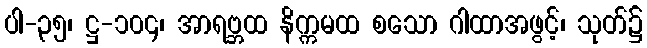
ပါ-၃၅၊ ဋ္ဌ-၁၀၄၊ အာရဗ္ဘထ နိက္ကမထ စသော ဂါထာအဖွင့်၊ သုတ်၌